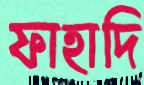
ফাহাদি